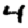
Digit: 4